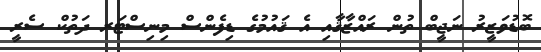
ބޮޑުވަޒީރު ނަޖީބް ތުން ރައްޒާޤާއި އެ ޤައުމުގެ ޑިފެންސް މިނިސްޓަރ ދަތުކް ސެރީ